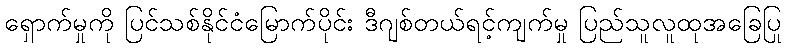
ရှောက်မှုကို ပြင်သစ်နိုင်ငံမြောက်ပိုင်း ဒီဂျစ်တယ်ရင့်ကျက်မှု ပြည်သူလူထုအခြေပြု